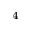
^ 4